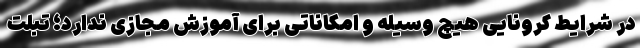
در شرایط کرونایی هیچ وسیله و امکاناتی برای آموزش مجازی ندارد؛ تبلت